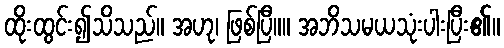
ထိုးထွင်း၍သိသည်။ အဟု၊ ဖြစ်ပြီ။။ အဘိသမယသုံးပါးပြီး၏။